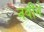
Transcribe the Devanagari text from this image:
नबीने